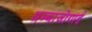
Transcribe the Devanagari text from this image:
अम्बाजोगाई